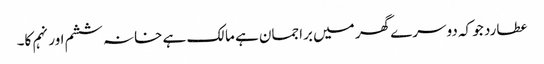
عطارد جو کہ دوسرے گھر میں براجمان ہے مالک ہے خانہ ششم اور نہم کا۔